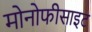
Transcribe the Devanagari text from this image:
मोनोफीसाइट